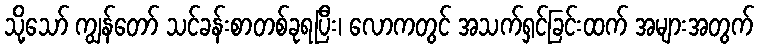
သို့သော် ကျွန်တော် သင်ခန်းစာတစ်ခုရပြီး၊ လောကတွင် အသက်ရှင်ခြင်းထက် အများအတွက်